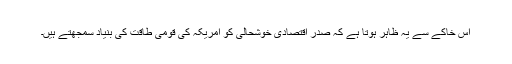
اس خاکے سے یہ ظاہر ہوتا ہے کہ صدر اقتصادی خوشحالی کو امریکہ کی قومی طاقت کی بنیاد سمجھتے ہیں۔